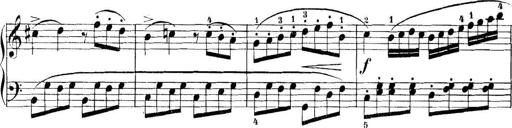
Title: 11 Sonatinas
Composer: Anton Diabelli